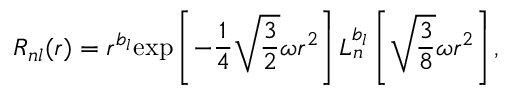
R _ { n l } ( r ) = r ^ { b _ { l } } \mathrm { e x p } \left[ - { \frac { 1 } { 4 } } \sqrt { \frac { 3 } { 2 } } \omega r ^ { 2 } \right] L _ { n } ^ { b _ { l } } \left[ \sqrt { \frac { 3 } { 8 } } \omega r ^ { 2 } \right] ,